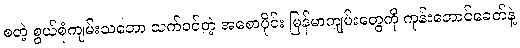
စတဲ့ စွယ်စုံကျမ်းသဘော သက်ဝင်တဲ့ အစောပိုင်း မြန်မာကျမ်းတွေကို ကုန်းဘောင်ခေတ်နဲ့